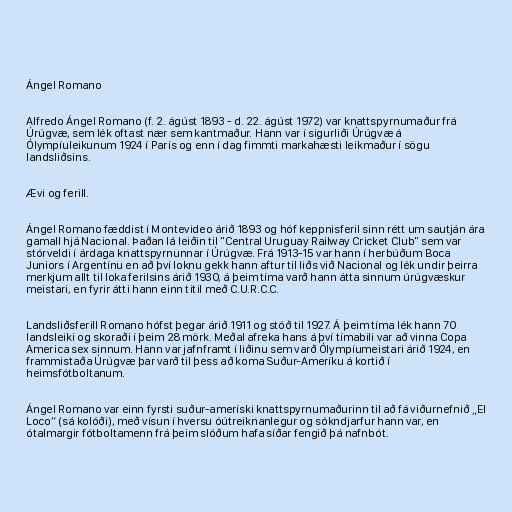
Ángel Romano

Alfredo Ángel Romano (f. 2. ágúst 1893 - d. 22. ágúst 1972) var knattspyrnumaður frá
Úrúgvæ, sem lék oftast nær sem kantmaður. Hann var í sigurliði Úrúgvæ á
Ólympíuleikunum 1924 í París og enn í dag fimmti markahæsti leikmaður í sögu
landsliðsins.

Ævi og ferill.

Ángel Romano fæddist í Montevideo árið 1893 og hóf keppnisferil sinn rétt um sautján ára
gamall hjá Nacional. Þaðan lá leiðin til "Central Uruguay Railway Cricket Club" sem var
stórveldi í árdaga knattspyrnunnar í Úrúgvæ. Frá 1913-15 var hann í herbúðum Boca
Juniors í Argentínu en að því loknu gekk hann aftur til liðs við Nacional og lék undir þeirra
merkjum allt til loka ferilsins árið 1930, á þeim tíma varð hann átta sinnum úrúgvæskur
meistari, en fyrir átti hann einn titil með C.U.R.C.C.

Landsliðsferill Romano hófst þegar árið 1911 og stóð til 1927. Á þeim tíma lék hann 70
landsleiki og skoraði í þeim 28 mörk. Meðal afreka hans á því tímabili var að vinna Copa
America sex sinnum. Hann var jafnframt í liðinu sem varð Ólympíumeistari árið 1924, en
frammistaða Úrúgvæ þar varð til þess að koma Suður-Ameríku á kortið í
heimsfótboltanum.

Ángel Romano var einn fyrsti suður-ameríski knattspyrnumaðurinn til að fá viðurnefnið „El
Loco“ (sá kolóði), með vísun í hversu óútreiknanlegur og sókndjarfur hann var, en
ótalmargir fótboltamenn frá þeim slóðum hafa síðar fengið þá nafnbót.